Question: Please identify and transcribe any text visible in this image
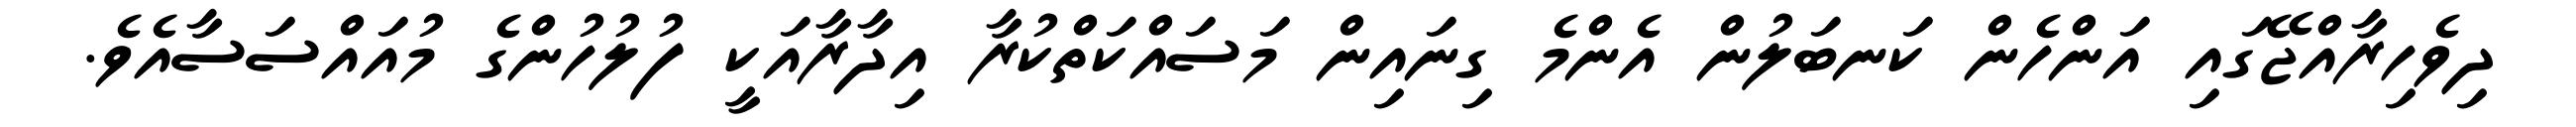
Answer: ދިވެހިރާއްޖޭގައި އަންހެން ކަނބަލުން އެންމެ ގިނައިން މަސައްކަތްކުރާ އިދާރާއަކީ ފުލުހުންގެ މުއައްސަސާއެވެ.